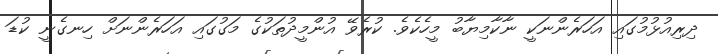
ދިރިއުޅުމުގައި އަހަރެންނަކީ ނާކާމިޔާބު މީހެކެވެ. ކުރެވޭ އުންމީދުތަކުގެ މަގުގައި އަހަރެންނަށް ހިނގެނީ ކުޑަ